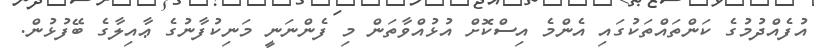
އުފެއްދުމުގެ ކަންތައްތަކުގައި އެންމެ އިސްކޮށް އުޅުއްވާތަން މި ފެންނަނީ މަނިކުފާނުގެ ޢާއިލާގެ ބޭފުޅުން.